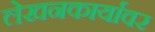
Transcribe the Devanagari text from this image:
लेखनकार्यावर